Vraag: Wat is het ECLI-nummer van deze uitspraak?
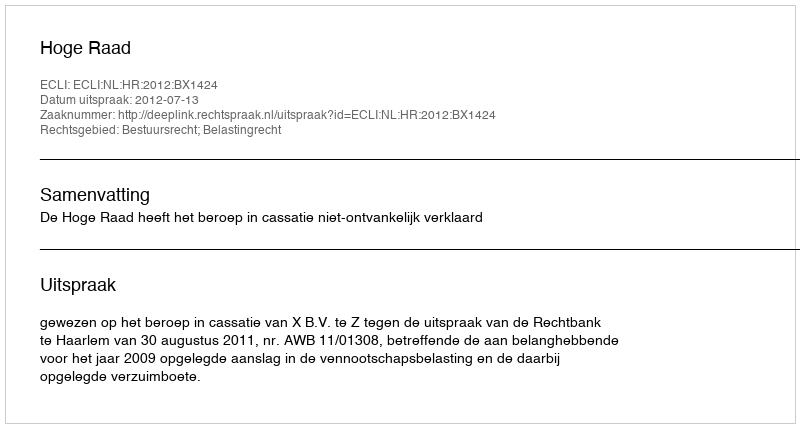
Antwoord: ECLI:NL:HR:2012:BX1424